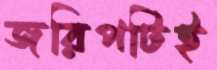
জরিপটিই